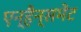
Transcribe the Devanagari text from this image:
एन्हैन्समेंट